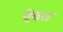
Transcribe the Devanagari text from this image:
ऐबत